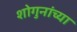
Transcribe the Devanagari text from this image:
शोगुनांच्या